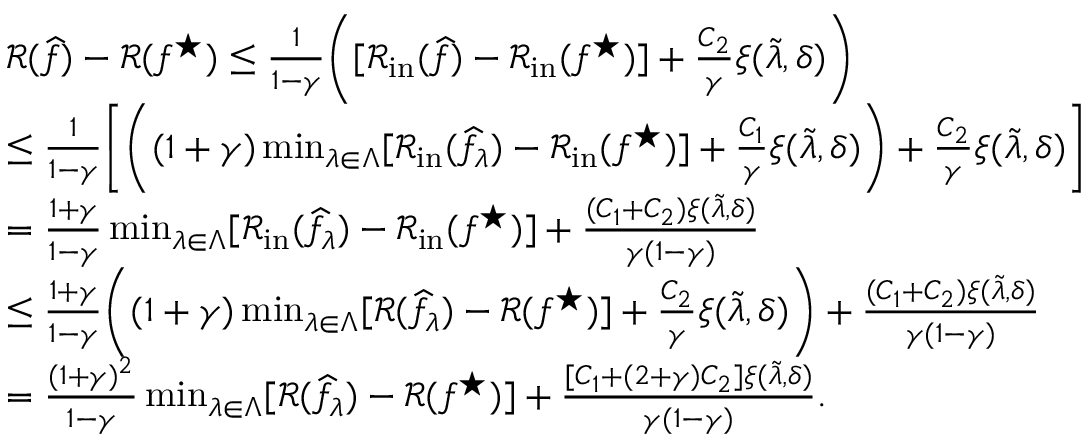
\begin{array} { r l } & { \mathcal { R } ( \widehat { f } ) - \mathcal { R } ( f ^ { \star } ) \leq \frac { 1 } { 1 - \gamma } \bigg ( [ \mathcal { R } _ { \mathrm { i n } } ( \widehat { f } ) - \mathcal { R } _ { \mathrm { i n } } ( f ^ { \star } ) ] + \frac { C _ { 2 } } { \gamma } \xi ( \widetilde { \lambda } , \delta ) \bigg ) } \\ & { \leq \frac { 1 } { 1 - \gamma } \bigg [ \bigg ( ( 1 + \gamma ) \operatorname* { m i n } _ { \lambda \in \Lambda } [ \mathcal { R } _ { \mathrm { i n } } ( \widehat { f } _ { \lambda } ) - \mathcal { R } _ { \mathrm { i n } } ( f ^ { \star } ) ] + \frac { C _ { 1 } } { \gamma } \xi ( \widetilde { \lambda } , \delta ) \bigg ) + \frac { C _ { 2 } } { \gamma } \xi ( \widetilde { \lambda } , \delta ) \bigg ] } \\ & { = \frac { 1 + \gamma } { 1 - \gamma } \operatorname* { m i n } _ { \lambda \in \Lambda } [ \mathcal { R } _ { \mathrm { i n } } ( \widehat { f } _ { \lambda } ) - \mathcal { R } _ { \mathrm { i n } } ( f ^ { \star } ) ] + \frac { ( C _ { 1 } + C _ { 2 } ) \xi ( \widetilde { \lambda } , \delta ) } { \gamma ( 1 - \gamma ) } } \\ & { \leq \frac { 1 + \gamma } { 1 - \gamma } \bigg ( ( 1 + \gamma ) \operatorname* { m i n } _ { \lambda \in \Lambda } [ \mathcal { R } ( \widehat { f } _ { \lambda } ) - \mathcal { R } ( f ^ { \star } ) ] + \frac { C _ { 2 } } { \gamma } \xi ( \widetilde { \lambda } , \delta ) \bigg ) + \frac { ( C _ { 1 } + C _ { 2 } ) \xi ( \widetilde { \lambda } , \delta ) } { \gamma ( 1 - \gamma ) } } \\ & { = \frac { ( 1 + \gamma ) ^ { 2 } } { 1 - \gamma } \operatorname* { m i n } _ { \lambda \in \Lambda } [ \mathcal { R } ( \widehat { f } _ { \lambda } ) - \mathcal { R } ( f ^ { \star } ) ] + \frac { [ C _ { 1 } + ( 2 + \gamma ) C _ { 2 } ] \xi ( \widetilde { \lambda } , \delta ) } { \gamma ( 1 - \gamma ) } . } \end{array}